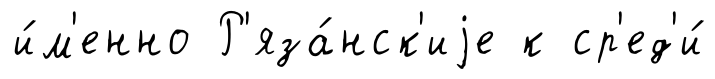
и́м'енно Р'яза́нск'иjе к ср'ед'и́